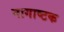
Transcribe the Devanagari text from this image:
नागाष्टक